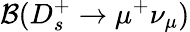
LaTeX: {\mathcal B}(D_{s}^{+}\to\mu^{+}\nu_{\mu})